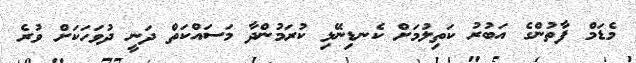
މެޑަމް ފާތުންގެ އަބުރު ކަތިލުމަށް ކެނޑިނޭޅި ކުރަމުންދާ މަސައްކަތް ދަނީ ދުވަހަކަށް ވުރެ